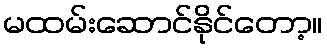
မထမ်းဆောင်နိုင်တော့။